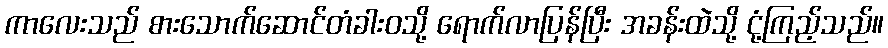
ကာလေးသည် စားသောက်ဆောင်တံခါးဝသို့ ရောက်လာပြန်ပြီး အခန်းထဲသို့ ငုံ့ကြည့်သည်။